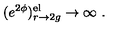
( e ^ { 2 \phi } ) _ { r \rightarrow 2 g } ^ { \mathrm { e l } } \rightarrow \infty \ .